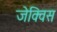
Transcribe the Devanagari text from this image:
जेक्विस